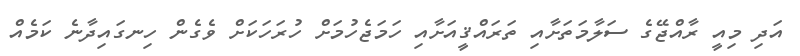
އަދި މިއީ ރާއްޖޭގެ ސަލާމަތަށާއި ތަރައްޤީއަށާއި ހަމަޖެހުމަށް ހުރަހަކަށް ވެގެން ހިނގައިދާނެ ކަމެއް